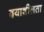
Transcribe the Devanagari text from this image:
दयाशीलता